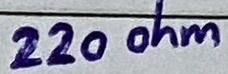
Text: 220 ohm